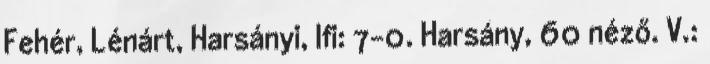
Fehér, Lénárt, Harsányi, Ifi: 7-0. Harsány, 60 néző. V.: